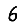
Digit: 6